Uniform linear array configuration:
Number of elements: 8
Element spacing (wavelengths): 1
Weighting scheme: hann
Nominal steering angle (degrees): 0
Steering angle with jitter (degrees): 0.7891
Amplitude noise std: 0.05
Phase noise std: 0.05

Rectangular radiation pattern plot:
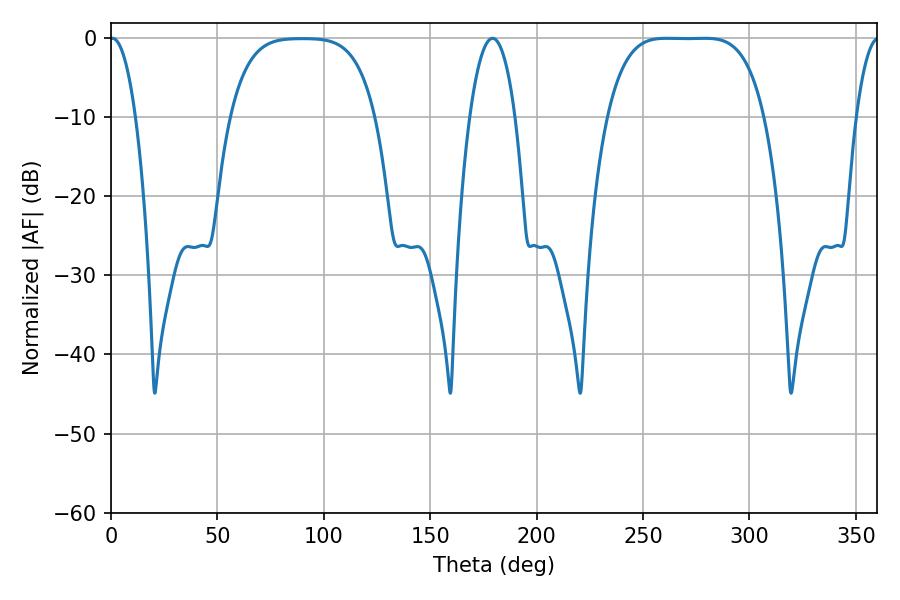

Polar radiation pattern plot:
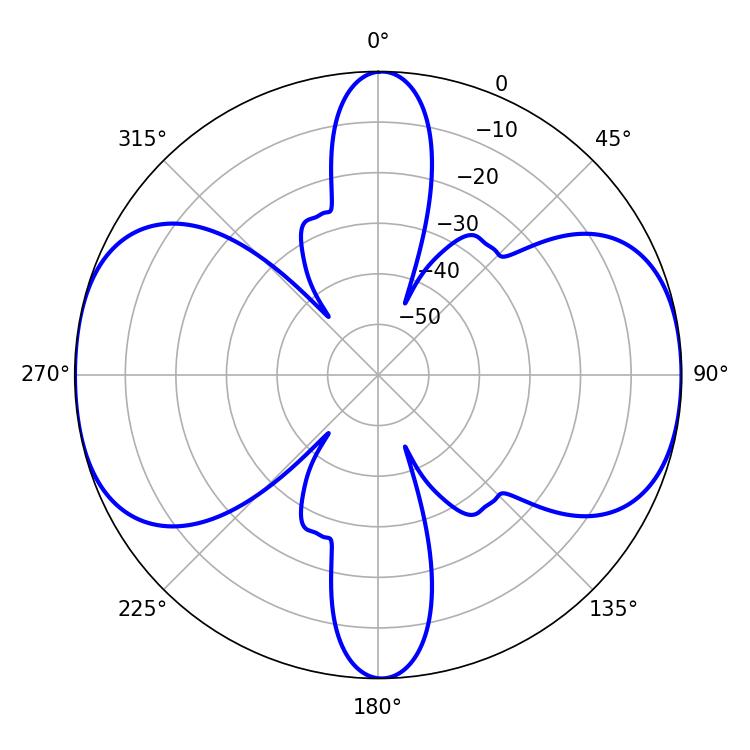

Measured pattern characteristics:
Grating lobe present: TRUE
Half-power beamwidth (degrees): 56.16
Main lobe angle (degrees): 261